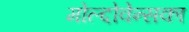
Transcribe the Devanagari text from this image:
मोल्दोवेन्सका